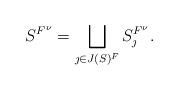
LaTeX: \begin{align*}S^{F^\nu}= \bigsqcup_{\jmath\in J(S)^F} S_\jmath^{F^\nu}.\end{align*}